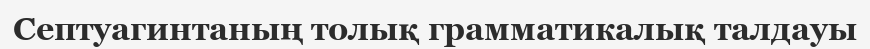
Септуагинтаның толық грамматикалық талдауы